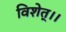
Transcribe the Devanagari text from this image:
विशेत्।।